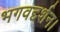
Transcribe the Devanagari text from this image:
भगवद्दर्शन।